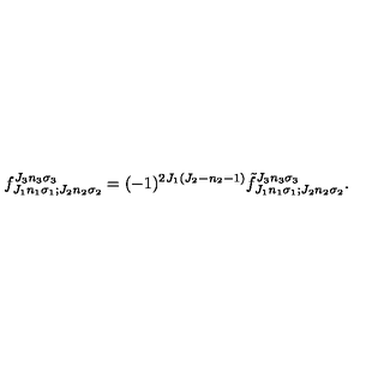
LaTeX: f _ { J _ { 1 } n _ { 1 } \sigma _ { 1 } ; J _ { 2 } n _ { 2 } \sigma _ { 2 } } ^ { J _ { 3 } n _ { 3 } \sigma _ { 3 } } = ( - 1 ) ^ { 2 J _ { 1 } ( J _ { 2 } - n _ { 2 } - 1 ) } { \tilde { f } } _ { J _ { 1 } n _ { 1 } \sigma _ { 1 } ; J _ { 2 } n _ { 2 } \sigma _ { 2 } } ^ { J _ { 3 } n _ { 3 } \sigma _ { 3 } } .